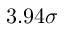
3 . 9 4 \sigma